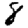
Digit: 8